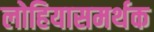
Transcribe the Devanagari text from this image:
लोहियासमर्थक